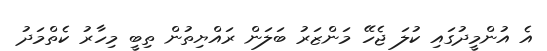
އެ އުންމީދުގައި ކުލަ ޖެހޭ މަންޒަރު ބަލަން ރައްޔިތުން ތިބީ މިހާރު ކެތްމަދު